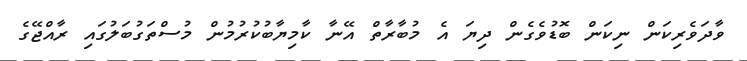
ވާދަވެރިކަން ނިކަން ބޮޑުވެގެން ދިޔަ އެ މުބާރާތް އޭނާ ކާމިޔާބުކުރުމުން މުސްތަގުބަލުގައި ރާއްޖޭގެ